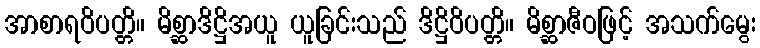
အာစာရဝိပတ္တိ။ မိစ္ဆာဒိဋ္ဌိအယူ ယူခြင်းသည် ဒိဋ္ဌိဝိပတ္တိ။ မိစ္ဆာဇီဝဖြင့် အသက်မွေး